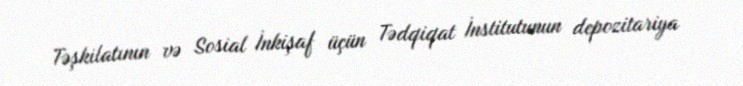
Təşkilatının və Sosial İnkişaf üçün Tədqiqat İnstitutunun depozitariya